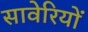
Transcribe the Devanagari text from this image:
सावेरियों